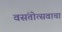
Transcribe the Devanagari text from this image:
वसंतोत्सवाचा